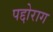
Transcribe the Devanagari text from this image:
पद्दोराग